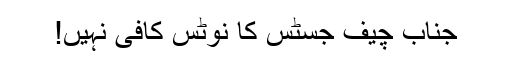
جناب چیف جسٹس کا نوٹس کافی نہیں!